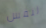
لنفس